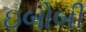
ઇબોબી